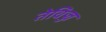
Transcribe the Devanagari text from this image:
तेविज्ज